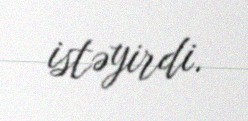
istəyirdi.